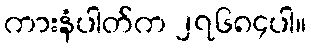
ကားနံပါတ်က ၂၇၆၈၄ပါ။